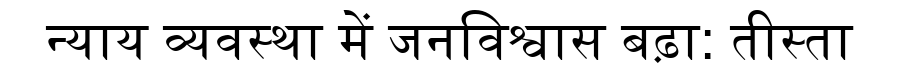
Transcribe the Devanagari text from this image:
न्याय व्यवस्था में जनविश्वास बढ़ा: तीस्ता